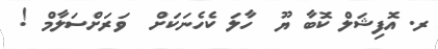
ރ. އޮފިޝަލް ކޮބާ ޔޫ  ހާލަ ކެހެނަކަށް  ވަރަށްސަލާމް !